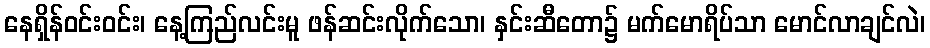
နေရှိန်ဝင်းဝင်း၊ နေ့ကြည်လင်းမူ ဖန်ဆင်းလိုက်သော၊ နှင်းဆီတော၌ မက်မောရိပ်သာ မောင်လာချင်လဲ၊